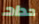
حداد